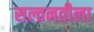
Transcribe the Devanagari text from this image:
सल्तनतीला